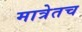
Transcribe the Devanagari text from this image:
मात्रेतच